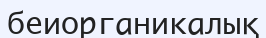
беиорганикалық